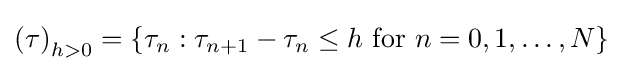
\left(\tau \right)_{h>0}=\{\tau _{n}:\tau _{n+1}-\tau _{n}\leq h{\text{ for }}n=0,1,\ldots ,N\}